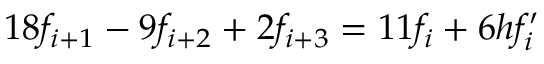
1 8 f _ { i + 1 } - 9 f _ { i + 2 } + 2 f _ { i + 3 } = 1 1 f _ { i } + 6 h f _ { i } ^ { \prime }